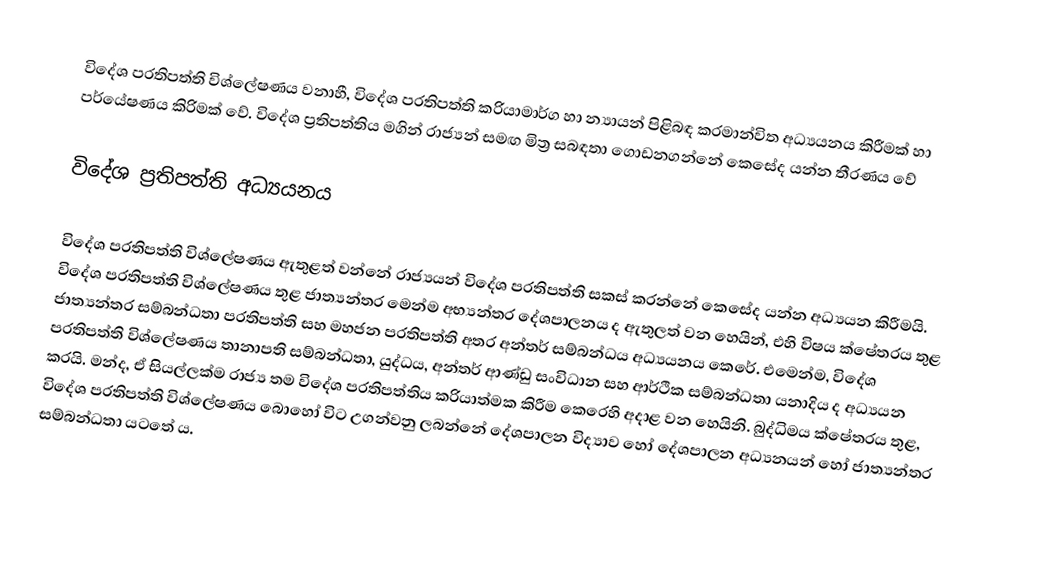
විදේශ ප‍්‍රතිපත්ති විශ්ලේෂණය වනාහී, විදේශ ප‍්‍රතිපත්ති ක‍්‍රියාමාර්ග හා න්‍යායන් පිළිබඳ ක‍්‍රමාන්විත අධ්‍යයනය කිරීමක් හා පර්යේෂණය කිරිමක් වේ. විදේශ ප්‍රතිපත්තිය මගින් රාජ්‍යන් සමඟ මිත්‍ර සබඳතා ගොඩනගන්නේ කෙසේද යන්න තීරණය වේ

විදේශ ප‍්‍රතිපත්ති අධ්‍යයනය

විදේශ ප‍්‍රතිපත්ති විශ්ලේෂණය ඇතුළත් වන්නේ රාජ්‍යයන් විදේශ ප‍්‍රතිපත්ති සකස් කරන්නේ කෙසේද යන්න අධ්‍යයන කිරීමයි. විදේශ ප‍්‍රතිපත්ති විශ්ලේෂණය තුළ ජාත්‍යන්තර මෙන්ම අභ්‍යන්තර දේශපාලනය ද ඇතුලත් වන හෙයින්, එහි විෂය ක්ෂේත‍්‍රය තුළ ජාත්‍යන්තර සම්බන්ධතා ප‍්‍රතිපත්ති සහ මහජන ප‍්‍රතිපත්ති අතර අන්තර් සම්බන්ධය අධ්‍යයනය කෙරේ. එමෙන්ම, විදේශ ප‍්‍රතිපත්ති විශ්ලේෂණය තානාපති සම්බන්ධතා, යුද්ධය, අන්තර් ආණ්ඩු සංවිධාන සහ ආර්ථික සම්බන්ධතා යනාදිය ද අධ්‍යයන කරයි. මන්ද, ඒ සියල්ලක්ම රාජ්‍ය තම විදේශ ප‍්‍රතිපත්තිය ක‍්‍රියාත්මක කිරීම කෙරෙහි අදාළ වන හෙයිනි. බුද්ධිමය ක්ෂේත‍්‍රය තුළ, විදේශ ප‍්‍රතිපත්ති විශ්ලේෂණය බොහෝ විට උගන්වනු ලබන්නේ දේශපාලන විද්‍යාව හෝ දේශපාලන අධ්‍යනයන් හෝ ජාත්‍යන්තර සම්බන්ධතා යටතේ ය.